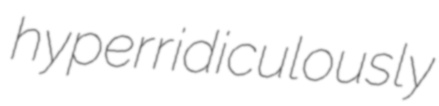
hyperridiculously